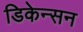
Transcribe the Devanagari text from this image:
डिकेन्सन